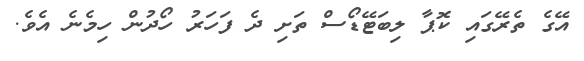
އޭގެ ތެރޭގައި ކޮޕާ ލިބަޓޭޑޯސް ތަށި ދެ ފަހަރު ހޯދުން ހިމެނެ އެވެ.